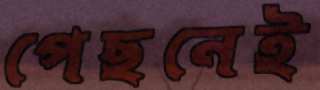
পেছনেই